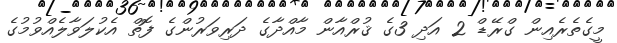
މީގެތެރެއިން ގްރޭޑް 2 އަދި 3ގެ ޤުރްއާން މާއްދާގެ ދަރިވަރުންގެ ފޮތް އެކުލަވާލެއްވުމުގެ